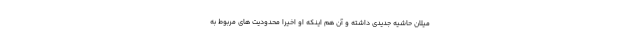
میلان حاشیه جدیدی داشته و آن هم اینکه او اخیرا محدودیت های مربوط به